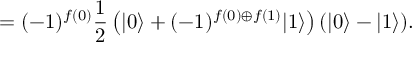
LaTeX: = ( - 1 ) ^ { f ( 0 ) } { \frac { 1 } { 2 } } \left( | 0 \rangle + ( - 1 ) ^ { f ( 0 ) \oplus f ( 1 ) } | 1 \rangle \right) ( | 0 \rangle - | 1 \rangle ) .